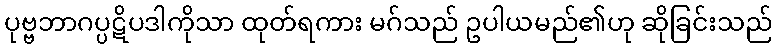
ပုဗ္ဗဘာဂပ္ပဋိပဒါကိုသာ ထုတ်ရကား မဂ်သည် ဥပါယမည်၏ဟု ဆိုခြင်းသည်